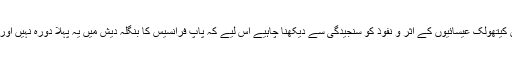
عالمی مبصرین کا کہنا ہے کہ بنگلہ دیش میں کیتھولک عیسائیوں کے اثر و نفوذ کو سنجیدگی سے دیکھنا چاہیے اس لیے کہ پاپ فرانسیس کا بنگلہ دیش میں یہ پہلا دورہ نہیں اور یقینی طور پر یہ آخری دورہ بھی نہیں ہوگا ۔